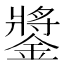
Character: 𨫥